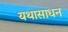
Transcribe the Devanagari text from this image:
यथासाधन